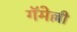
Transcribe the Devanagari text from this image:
गॅमेल्ली